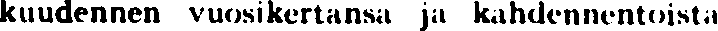
kuudennen vuosikertansa ja kahdennentoista